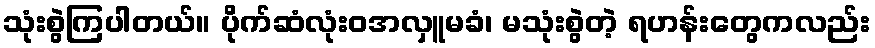
သုံးစွဲကြပါတယ်။ ပိုက်ဆံလုံးဝအလှူမခံ၊ မသုံးစွဲတဲ့ ရဟန်းတွေကလည်း